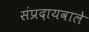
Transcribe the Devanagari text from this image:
संप्रदायवाले